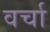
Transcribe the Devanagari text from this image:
वर्चा